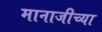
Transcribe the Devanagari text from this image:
मानाजीच्या